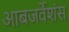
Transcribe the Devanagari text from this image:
आबजर्वेशंस